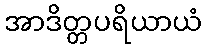
အာဒိတ္တပရိယာယံ